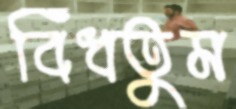
বিঁধতুম